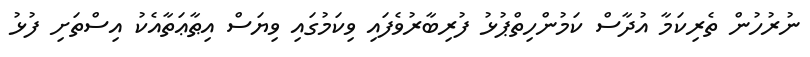
ނުރުހުން ތެރިކަމާ އުދާސް ކަމުންހިތްޕުޅު ފުރިބާރުވެފައި ވިކަމުގައި ވިޔަސް އިޠާޢަތާއެކު އިސްތަށި ފުޅު